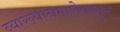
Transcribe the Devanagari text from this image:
व्याख्यानमालेपासून